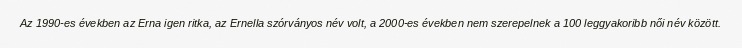
Az 1990-es években az Erna igen ritka, az Ernella szórványos név volt, a 2000-es években nem szerepelnek a 100 leggyakoribb női név között.